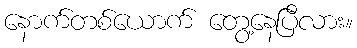
နောက်တစ်ယောက် တွေ့နေပြီလား။